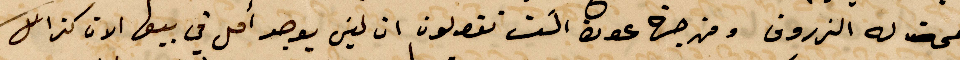
نمحة له التدرون ومن جهة عون اكت تقولون ان ليس يوجد امل في بيعها الان كذلك